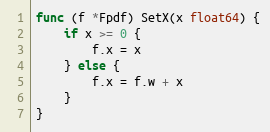
Language: Go
func (f *Fpdf) SetX(x float64) {
	if x >= 0 {
		f.x = x
	} else {
		f.x = f.w + x
	}
}